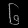
Digit: ၆